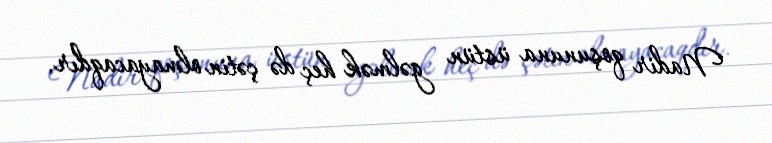
Nadir qoşununa üstün gəlmək heç də çətin olmayacaqdır.